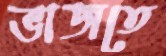
ভাজতে